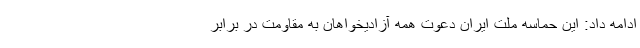
ادامه داد: این حماسه ملت ایران دعوت همه آزادیخواهان به مقاومت در برابر